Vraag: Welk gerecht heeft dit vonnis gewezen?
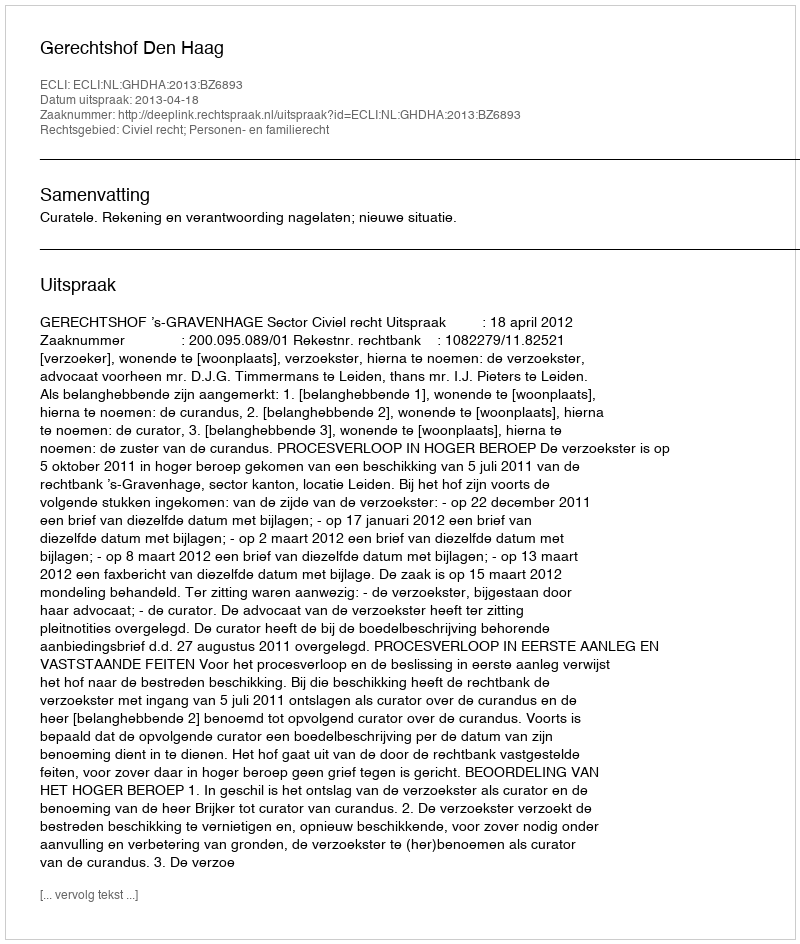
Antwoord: Gerechtshof Den Haag